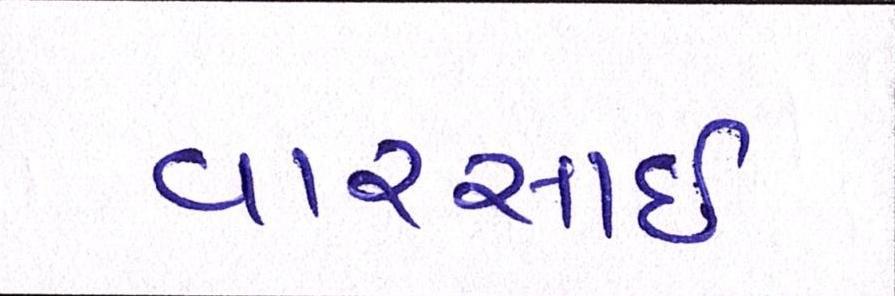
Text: વારસાઇ